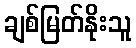
ချစ်မြတ်နိုးသူ